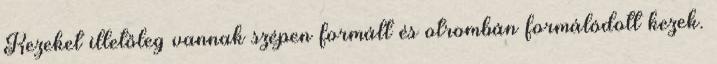
Kezeket illetőleg vannak szépen formált és otrombán formálódott kezek.